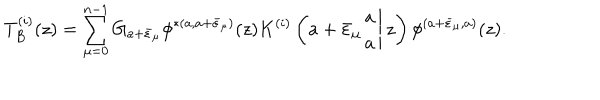
T _ { B } ^ { ( i ) } ( z ) = \displaystyle \sum _ { \mu = 0 } ^ { n - 1 } G _ { a + \bar { \varepsilon } _ { \mu } } \phi ^ { * ( a , a + \bar { \varepsilon } _ { \mu } ) } ( z ) K ^ { ( i ) } \left( \left. a + \bar { \varepsilon } _ { \mu } \begin{array} { c } { { a } } \\ { { a } } \\ \end{array} \right| z \right) \phi ^ { ( a + \bar { \varepsilon } _ { \mu } , a ) } ( z ) .